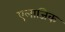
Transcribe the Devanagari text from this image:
एलाजिक